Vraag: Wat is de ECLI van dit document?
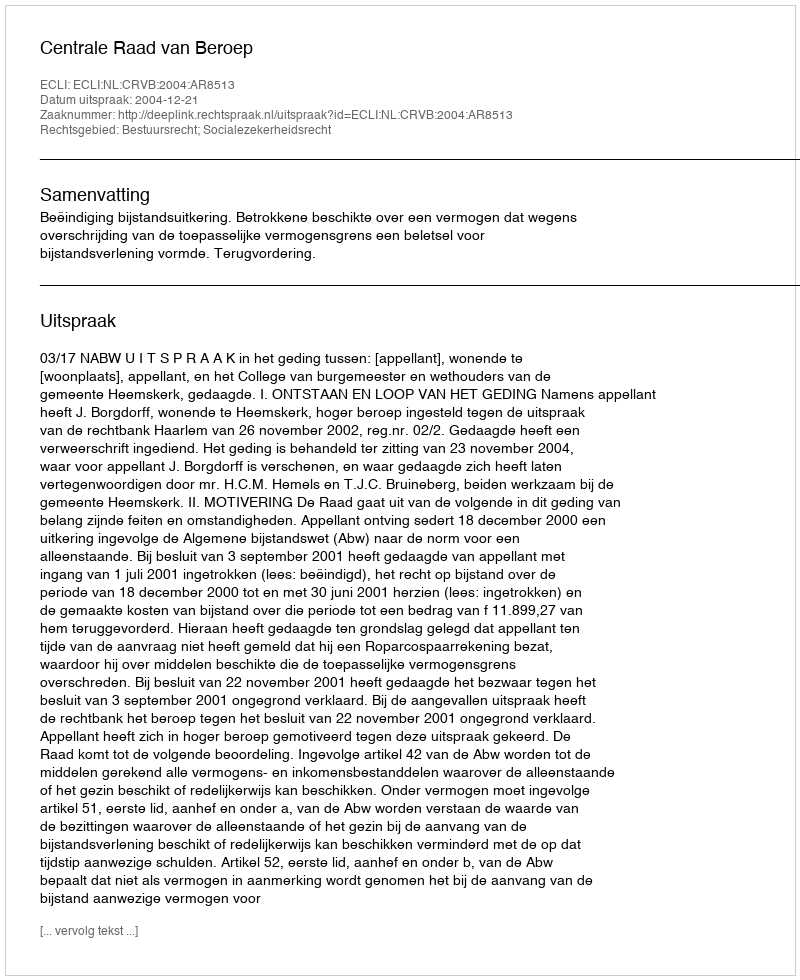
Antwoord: ECLI:NL:CRVB:2004:AR8513